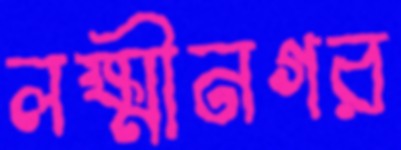
লক্ষ্মীনগর